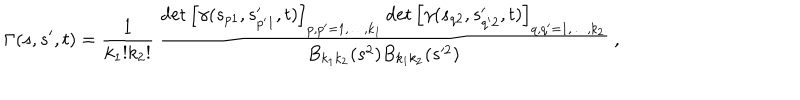
\Gamma ( s , s ^ { \prime } , t ) = \frac { 1 } { k _ { 1 } ! k _ { 2 } ! } \, \frac { \det \left[ \gamma ( s _ { p 1 } , s _ { p ^ { \prime } 1 } ^ { \prime } , t ) \right] _ { p , p ^ { \prime } = 1 , \ldots , k _ { 1 } } \det \left[ \gamma ( s _ { q 2 } , s _ { q ^ { \prime } 2 } ^ { \prime } , t ) \right] _ { q , q ^ { \prime } = 1 , \ldots , k _ { 2 } } } { B _ { k _ { 1 } k _ { 2 } } ( s ^ { 2 } ) B _ { k _ { 1 } k _ { 2 } } ( s ^ { \prime 2 } ) } \ ,